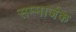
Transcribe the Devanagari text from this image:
सम्मार्जक